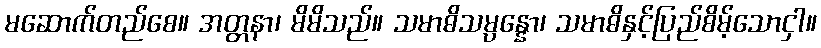
မဆောက်တည်စေ။ အတ္တနာ၊ မိမိသည်။ သမာဓိသမ္ပန္နော၊ သမာဓိနှင့်ပြည်စိမ့်သောငှါ။